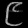
Digit: ၉